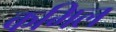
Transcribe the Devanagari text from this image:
कमिल